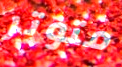
متوتر